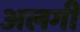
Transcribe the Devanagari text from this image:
अलगी